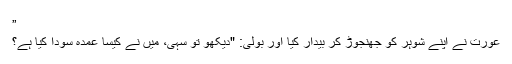
”
عورت نے اپنے شوہر کو جھنجوڑ کر بیدار کیا اور بولی: "دیکھو تو سہی، میں نے کیسا عمدہ سودا کیا ہے؟